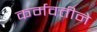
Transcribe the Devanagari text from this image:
कर्मवतीने